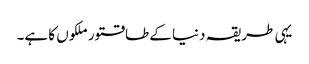
یہی طریقہ دنیا کے طاقتور ملکوں کا ہے۔